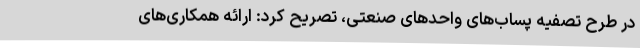
در طرح تصفیه پساب‌های واحدهای صنعتی، تصریح کرد: ارائه همکاری‌های